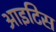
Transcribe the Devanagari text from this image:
आइटिस